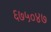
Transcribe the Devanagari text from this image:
६७५०४७